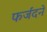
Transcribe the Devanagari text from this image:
फर्जंदने